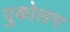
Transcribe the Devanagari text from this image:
पुकोलम